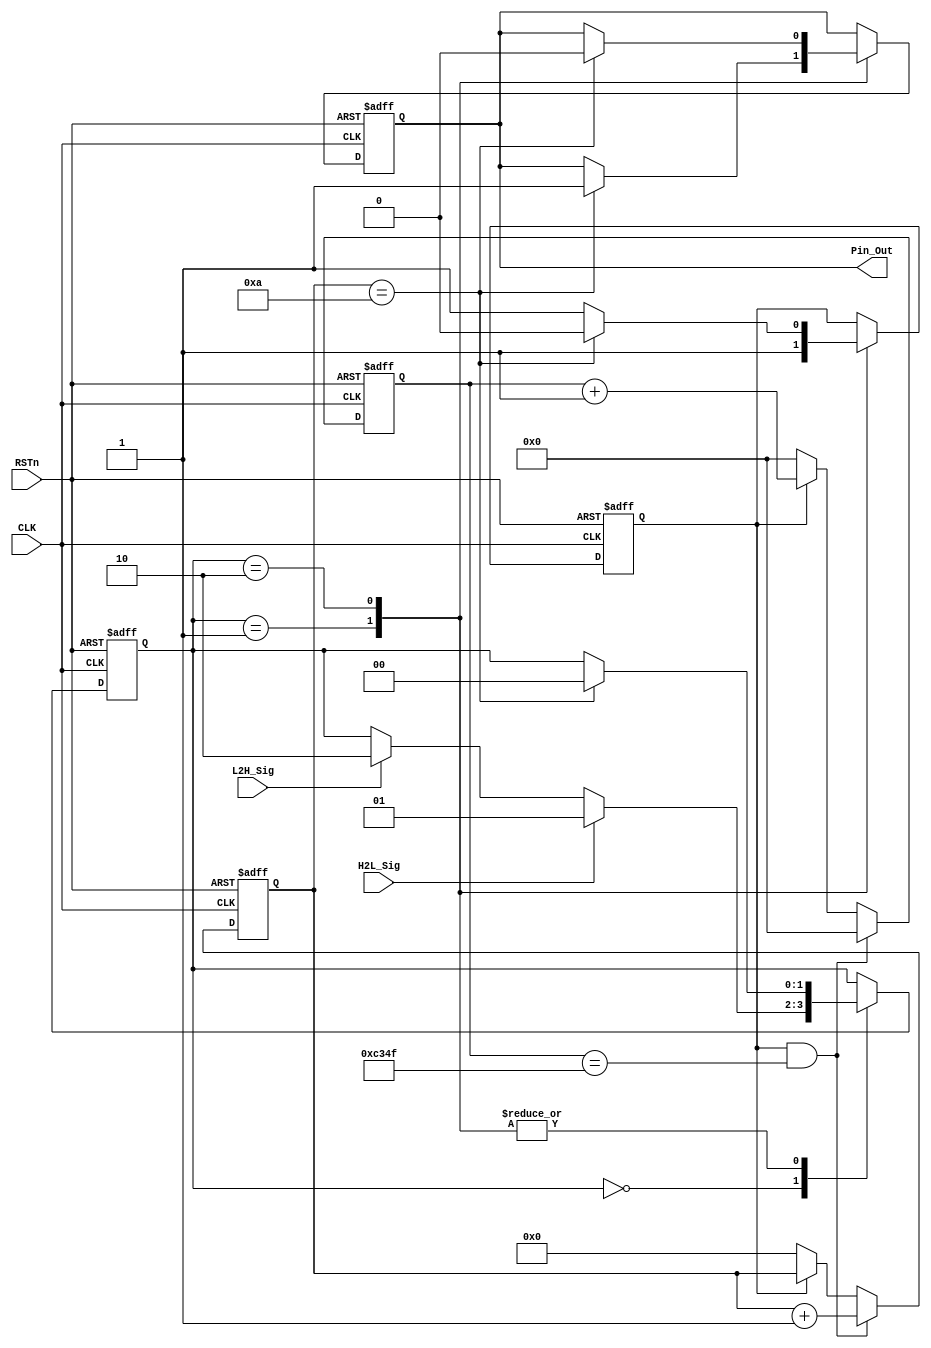
module DELAY_MODULE
(
	CLK, RSTn, H2L_Sig, L2H_Sig, Pin_Out
);

	input CLK;
	input RSTn;
	input H2L_Sig;
	input L2H_Sig;
	output Pin_Out;
	
	
	//// 50M*0.001-1 = 49_999;
	parameter T1MS = 16'd49_999;
	
	
	
	// 1ms counter
	reg [15:0]Count1;
	
	always@(posedge CLK or negedge RSTn)
		if(!RSTn)
			Count1 <= 16'd0;
		else if(isCount && Count1 == T1MS)
			Count1 <= 16'd0;
		else if(isCount)
			Count1 <= Count1 + 1'b1;
		else if(!isCount)
			Count1 <= 16'd0;
			
	//////////////////////////////////////////
	
	// 10ms counter
	reg[3:0]Count_MS;
	
	always@(posedge CLK or negedge RSTn)
		if(!RSTn)
			Count_MS <= 4'd0;
		else if(isCount && Count1 == T1MS)
			Count_MS <= Count_MS + 1'b1;
		else if(!isCount)
			Count_MS <= 4'd0;
			
	////////////////////////////////////////////////////////
	
	reg isCount;
	reg rPin_Out;
	reg[1:0]state_index;
	
	always@(posedge CLK or negedge RSTn)
		if(!RSTn)
			begin	
				isCount <= 1'b0;
				rPin_Out <= 1'b0;
				state_index <= 2'd0;
			end
		else
			case(state_index)
				2'd0:
					if(H2L_Sig)
						state_index <= 2'd1;
					else if(L2H_Sig)
						state_index <= 2'd2;
						
				2'd1:
					if(Count_MS == 4'd10)
						begin	
							isCount <= 1'b1;
							rPin_Out <= 1'b1;
							state_index <= 2'd0;
						end
					else 
						isCount <= 1'b1;
				
				2'd2:
					if(Count_MS == 4'D10)
						begin 
							isCount <= 1'b0;
							rPin_Out <= 1'b0;
							state_index <= 2'd0;
						end
					else 
						isCount <= 1'b1;
			endcase
			
	////////////////////////////////////////////////////
	
	assign Pin_Out = rPin_Out;
	
	
	
endmodule